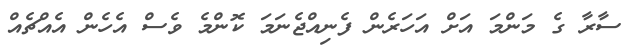
ސާރާ ގެ މަންމަ އަށް އަހަރެން ފެނިއްޖެނަމަ ކޮންމެ ވެސް އެހެން އެއްޗެއް